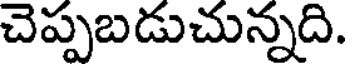
చెప్పబడుచున్నది.